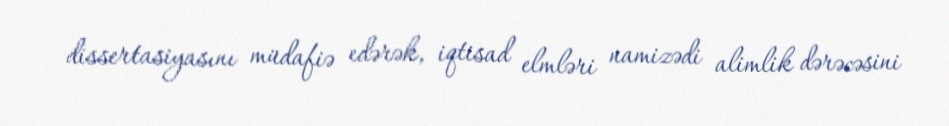
dissertasiyasını müdafiə edərək, iqtisad elmləri namizədi alimlik dərəcəsini